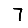
Digit: 7